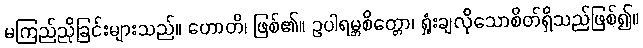
မကြည်ညိုခြင်းများသည်။ ဟောတိ၊ ဖြစ်၏။ ဥပါရမ္ဘစိတ္တော၊ ရှုံးချလိုသောစိတ်ရှိသည်ဖြစ်၍။